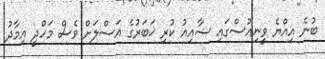
ބުނެ އިއްޔެ ވީނިއުސްގައި ޝާއިއު ކުރި ޚަބަރުގެ އަސްލަށް ވެސް މަހްދީ އިމާދު